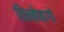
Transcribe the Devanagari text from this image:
विन्नेबागो